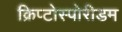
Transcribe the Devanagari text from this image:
क्रिप्टोस्पोरीडम